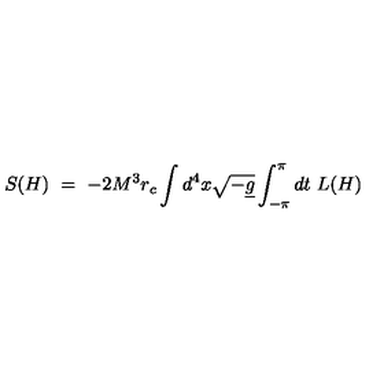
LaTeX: S ( H ) \ = \ - 2 M ^ { 3 } r _ { c } \int d ^ { 4 } x \sqrt { - \underline { { g } } } \int _ { - \pi } ^ { \pi } d t \ L ( H )